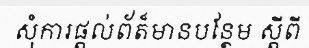
សុំការផ្តល់ព័ត៏មានបន្ថែម ស្តីពី